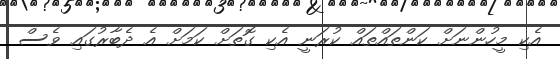
އެކި މީހުންނަށް ކަންތައްތައް ކުރަނީ އެކި ގޮތަށް ކަމަށް އެ ދެބާރުގައި ވެސް